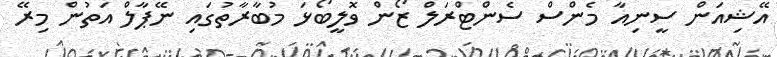
އޭޝިއަން ސީނިއާ މެންސް ސެންޓްރަލް ޒޯން ވޮލީބޯޅަ މުބާރާތުގައި ނޭޕާލް އަތުން މިރޭ